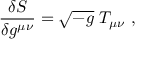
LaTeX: { \frac { \delta S } { \delta g ^ { \mu \nu } } } = \sqrt { - g } \; T _ { \mu \nu } \ ,